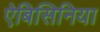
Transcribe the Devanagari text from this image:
ऐबिसिनिया